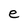
Character: e